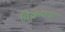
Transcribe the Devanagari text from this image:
विक्रेयता